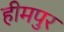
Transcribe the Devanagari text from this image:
हीमपुर